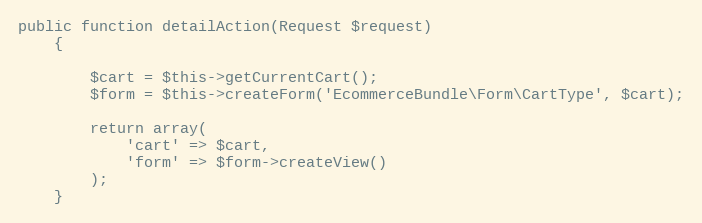
Language: PHP
public function detailAction(Request $request)
    {

        $cart = $this->getCurrentCart();
        $form = $this->createForm('EcommerceBundle\Form\CartType', $cart);

        return array(
            'cart' => $cart,
            'form' => $form->createView()
        );
    }